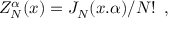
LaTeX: Z _ { N } ^ { \alpha } ( x ) = J _ { N } ( x . \alpha ) / N ! \, \, \, ,